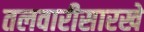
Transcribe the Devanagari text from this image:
तलवारीसारखे